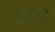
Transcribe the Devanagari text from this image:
कुंद्याचीं